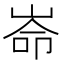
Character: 𮱮